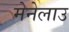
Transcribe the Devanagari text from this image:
मेनेलाउ